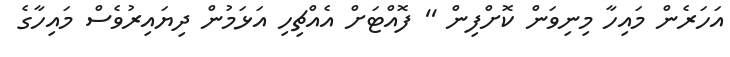
އަހަރެން މައިހާ މިނިވަން ކޮށްފިން '' ފޮއްޓަށް އެއްޗިހި އަޅަމުން ދިޔައިރުވެސް މައިހާގެ